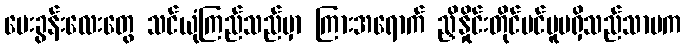
မေးခွန်းလေးတွေ သင်ယုံကြည်သည်မှာ ကြားအရောက် ညှိနှိုင်းတိုင်ပင်မူမရှိသည်သာမက